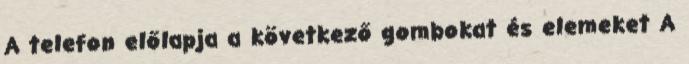
A telefon előlapja a következő gombokat és elemeket A